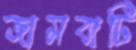
জামবাটি